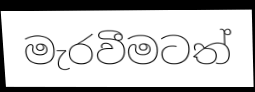
මැරවීමටත්